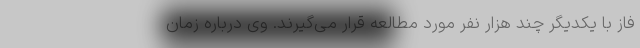
فاز با یکدیگر چند هزار نفر مورد مطالعه قرار می‌گیرند. وی درباره زمان